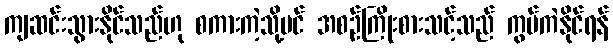
ကျဆင်းသွားနိုင်သည်ဟု စကားကဲ့သို့ပင် အစဉ်ကြိုးစားသင့်သည် ကွပ်ကဲနိုင်ရန်